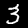
Label: 3